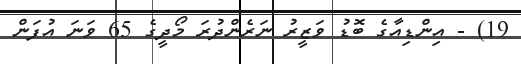
19) - އިންޑިއާގެ ބޮޑު ވަޒީރު ނަރެންދުރަ މޯދީގެ 65 ވަނަ އުފަން